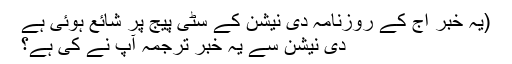
(یہ خبر آج کے روزنامہ دی نیشن کے سٹی پیج پر شائع ہوئی ہے
دی نیشن سے یہ خبر ترجمہ آپ نے کی ہے؟